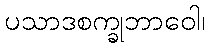
ပသာဒစက္ခုဘာဝေါ၊